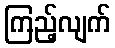
ကြည့်လျက်